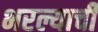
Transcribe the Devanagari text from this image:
भरल्याची